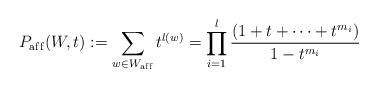
LaTeX: \begin{gather*}P_{\rm af\/f}(W,t):=\sum_{w \in W_{\rm af\/f}} t^{l(w)}=\prod_{i=1}^{l}{(1+t+\cdots+t^{m_i}) \over 1-t^{m_i}}\end{gather*}